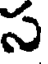
స